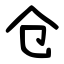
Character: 仓